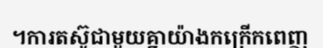
។ការតស៊ូជាមួយគ្នាយ៉ាងកក្រើកពេញ